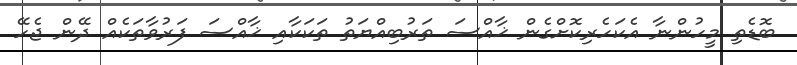
ބޮޑެތި މީހުންނާ އެކަހެރިކޮށްގެން ޚާއްސަ ތަރުބިއްޔަތު ތަކަކާއި ޚާއްސަ ފަރުވާތަކެއް ދޭން ޖެހޭ